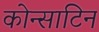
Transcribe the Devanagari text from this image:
कोन्साटिन